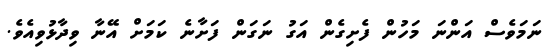
ނަމަވެސް އަންނަ މަހުން ފެށިގެން އަގު ނަގަން ފަށާނެ ކަމަށް އޭނާ ވިދާޅުވިއެވެ.